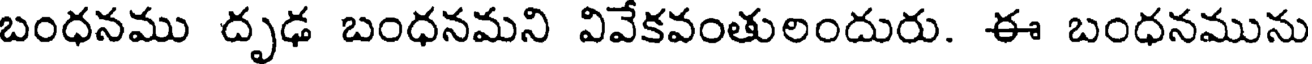
బంధనము దృఢ బంధనమని వివేకవంతులందురు. ఈ బంధనమును